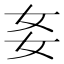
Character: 㚣